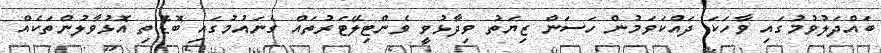
ބައްދަލުވުމުގައި ވާހަކަ ދައްކަވަމުން ހަސަން ޒިޔަތު ވިދާޅުވީ ވެންޓިލޭޓަރުތައް ގެނައުމުގައި ބޮޑެތި އޮޅުވާލުންތަކެއް